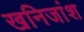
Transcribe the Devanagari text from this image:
खनिजांश